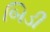
બિડી